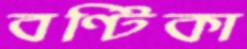
বণ্টিকা